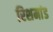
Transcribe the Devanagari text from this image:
रिशमांड